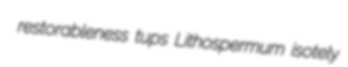
restorableness tups Lithospermum isotely